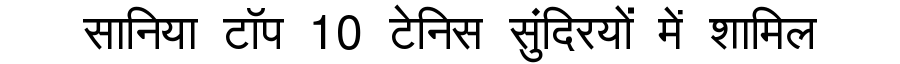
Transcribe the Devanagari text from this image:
सानिया टॉप 10 टेनिस सुंदिरयों में शामिल